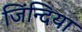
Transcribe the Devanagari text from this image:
जिंन्दिया